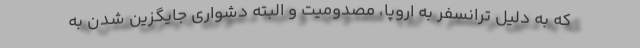
که به دلیل ترانسفر به اروپا، مصدومیت و البته دشواری جایگزین شدن به